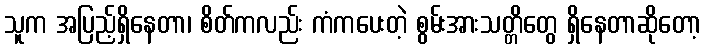
သူက အပြည့်ရှိနေတာ၊ စိတ်ကလည်း ကံကပေးတဲ့ စွမ်းအားသတ္တိတွေ ရှိနေတာဆိုတော့